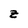
Character: z